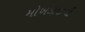
મોખડાજીની